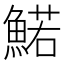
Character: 鰙